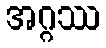
အဂ္ဂဿ